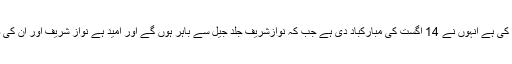
ان کا کہنا تھا کہ نوازشریف سے عدالت میں ملاقات کی ہے انہوں نے 14 اگست کی مبارکباد دی ہے جب کہ نوازشریف جلد جیل سے باہر ہوں گے اور امید ہے نواز شریف اور ان کی صاحبزادی عید اپنے لوگوں کے درمیان منائیں گے۔